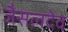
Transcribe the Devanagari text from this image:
जैसलदेव